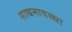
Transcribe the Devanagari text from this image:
साधनावस्था